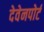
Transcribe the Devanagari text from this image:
देवेनपोर्ट